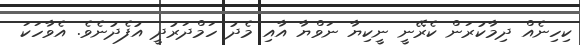
ކިހިނެއް ދިމާކުރަން ކެރޭނީ ނީކިޔާ ނަވްޔާ އާއި މެދު ހަމްދަރުދީ އުފެދުނެވެ. އެވާހަކަ